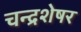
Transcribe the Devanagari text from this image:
चन्द्रशेषर